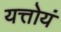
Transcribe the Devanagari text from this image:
यत्तोयं